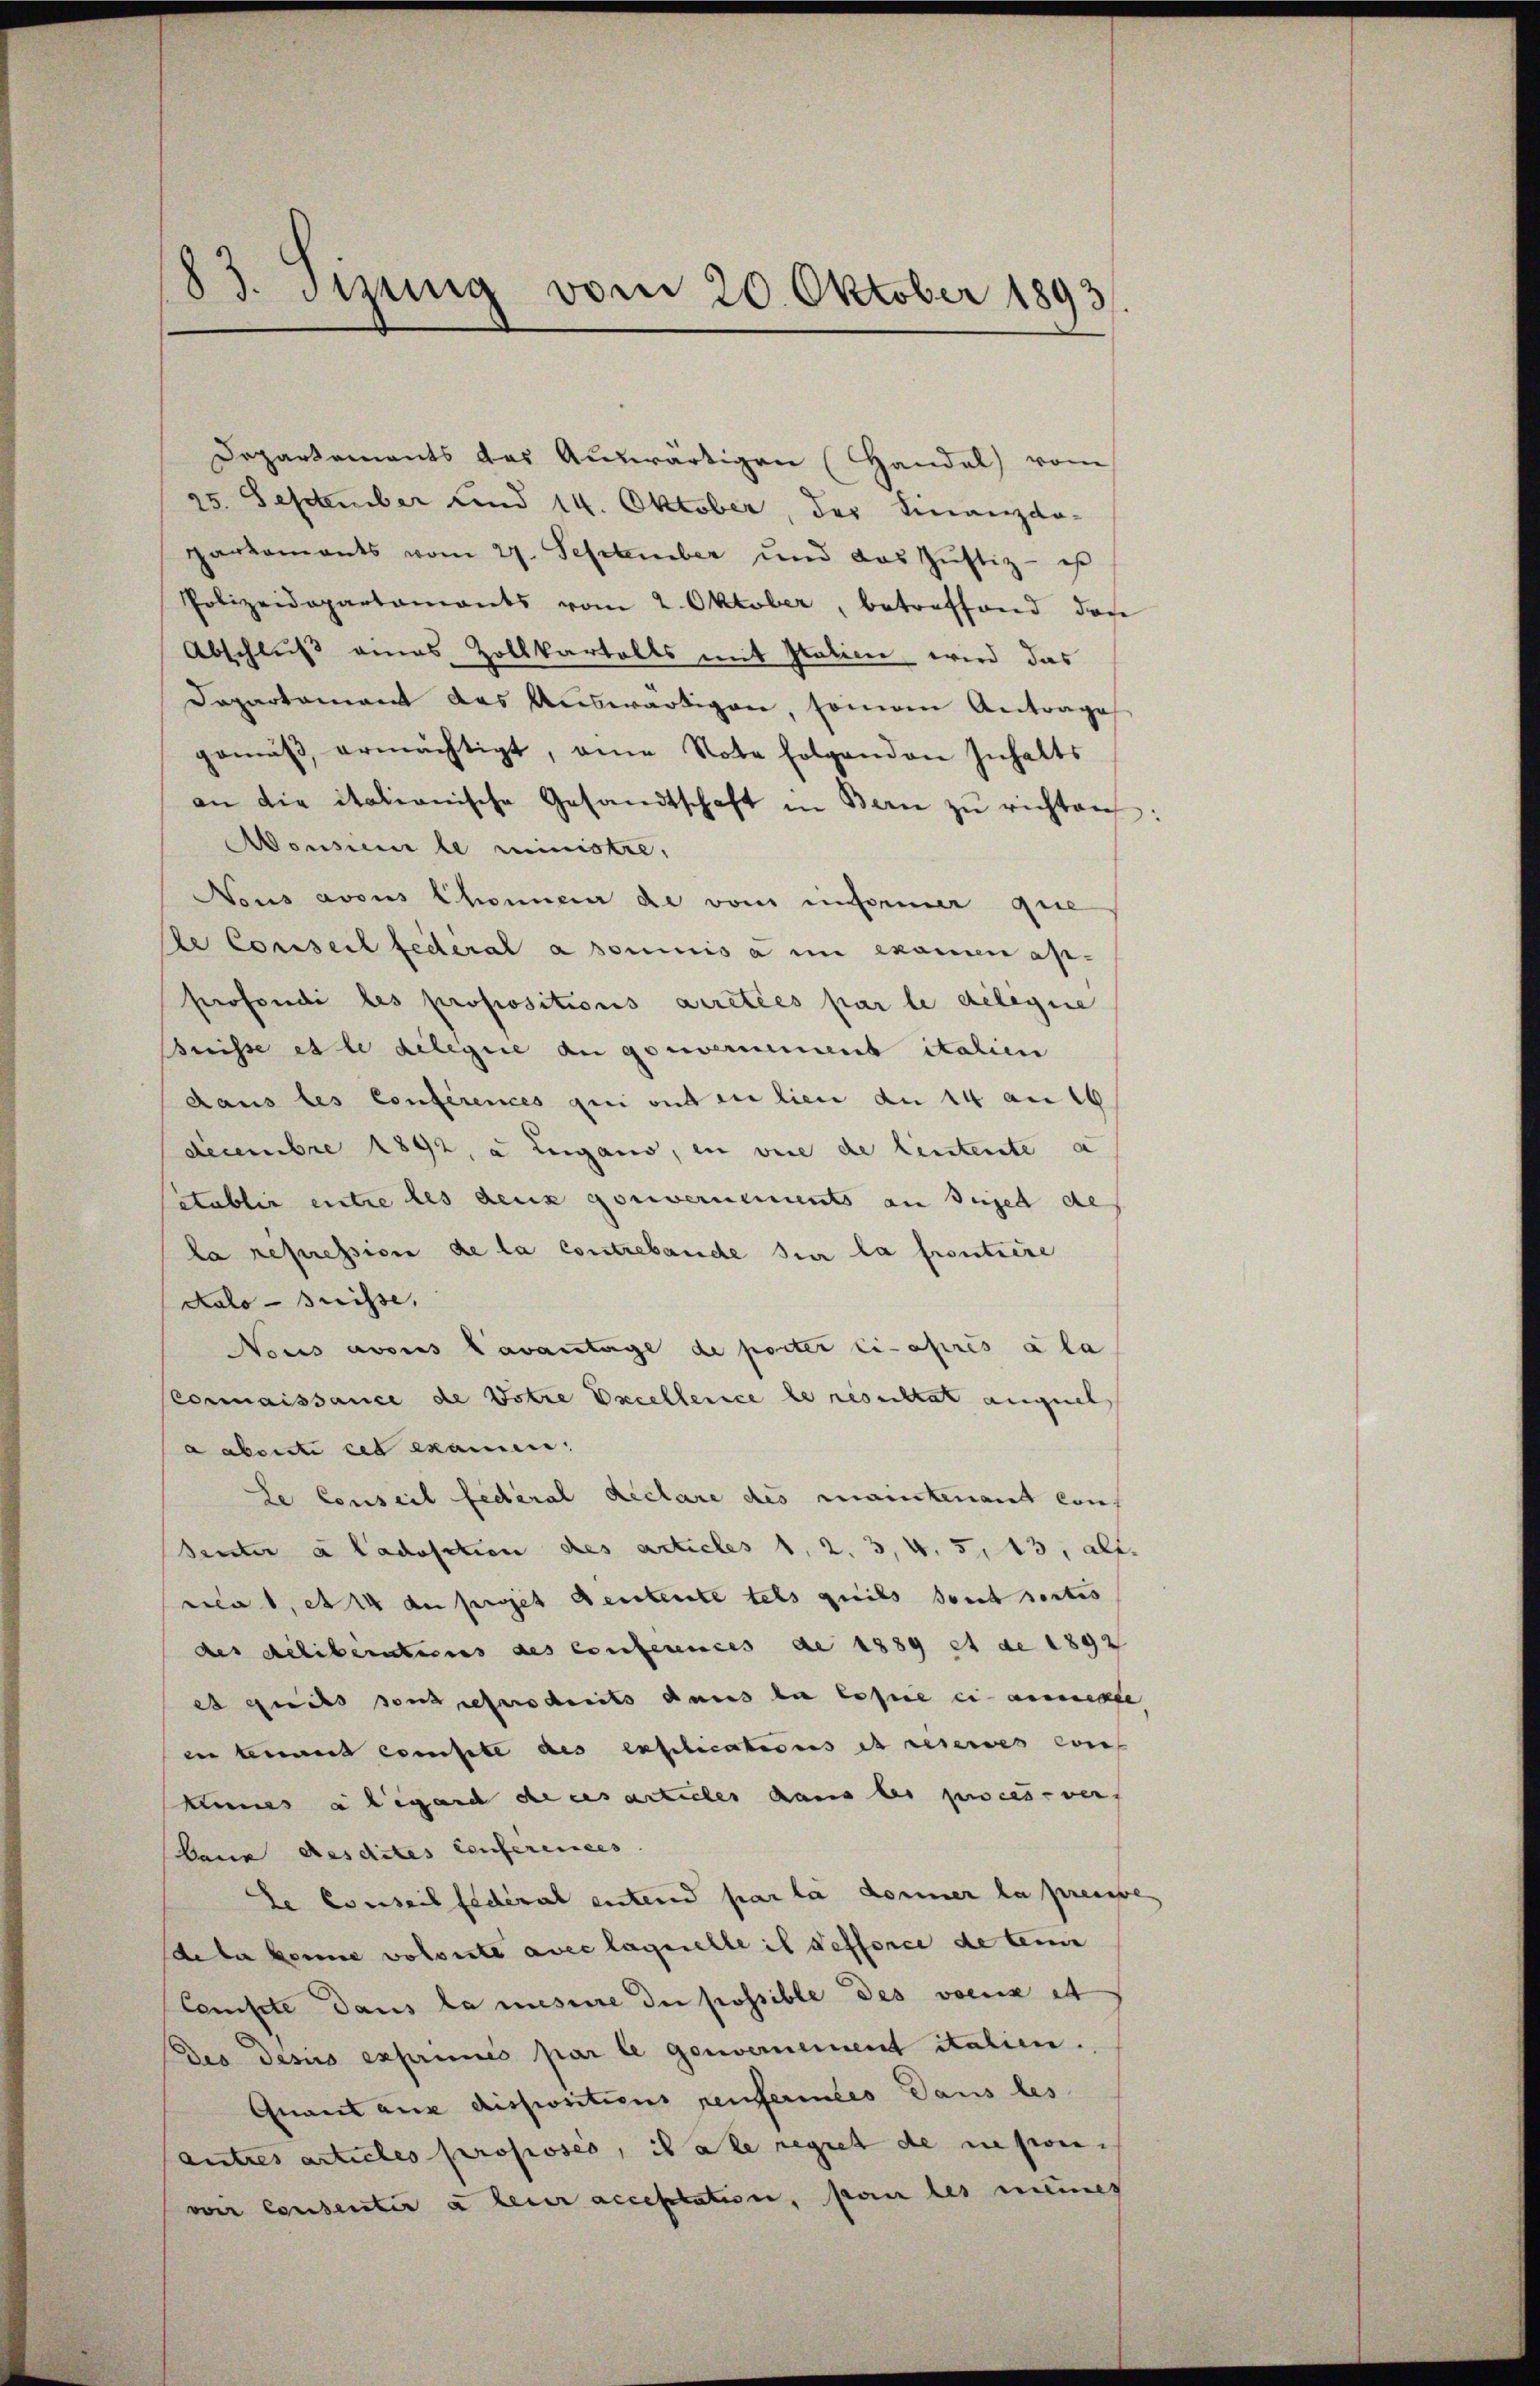
83. Sizung vom 20. Oktober 1893.

Departements das Auswärtigen (Handel) vom
25. September und 14. Oktober, der Finanzdo-
parkaments vom 27. September und das Zŭstiz - es
Polizeidepartamants vom 2. Oktober, betreffend das
Abschluß eines Zollkartalls mit Italien wird das
Departament des Auswärtigen, sonnen Antrage
gemäβ ermächtigt, eine Note folgenden Inhalts
an die italianische Gesandtschaft in Bern zŭ richten:
Monsum le ministre,
Nous avous Chonnerer de vom einformer que
e Conseit federal a soumis a im examen ap-
profondi les propositions arretées par le delegie
risse et le delegie du gouvernement italien
dans les Conferences qui ont in lien an 14 am 16
Decembre 1892, a Lugano, in vice de leutente a
letablir entre des deux gouvernements an dergelt des
la repression de la contrebande sur la froutiere
Kalo - Preisse,
Nous avous Tavantage de porter ci-après a la
Connaissance de Dotte Excellence de resultat anget
aabente cet examen
Le Conseil fédéral declare des mantenant conf
Suter à ladoschien des articles 1. 2. 3. v. 5. 13, alt.
sclat, et au projet deutente tels geeils sont sortes
des deliberations des Conferences de 1889 et de 1892
es quits sont gesproduits dans der Copie ein auchte
en tement conste des explications et reseres cons
knnes a legard de ces articles dans les proces ver
kane Aesdites conferences
te Conseil federal entend par la donner la preisse
de der könne volute avec laquelle il defforce de tei
Compte dans la mesure du possible des voeux et
Des Jesus exprimis par le genvernement italien.
Quant aus dispositions renfermées dans les
autres articles prossses, itale regnet de reson-
von Consentir à leur acceptation, son des meines